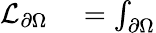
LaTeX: \begin{array}{rl}{\mathcal{L}_{\partial\Omega}}&{{}=\int_{\partial\Omega}}\end{array}